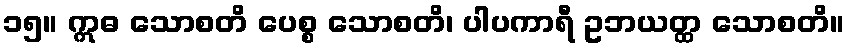
၁၅။ ဣဓ သောစတိ ပေစ္စ သောစတိ၊ ပါပကာရီ ဥဘယတ္ထ သောစတိ။